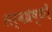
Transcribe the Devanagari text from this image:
सर्वश्रेष्ठों